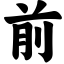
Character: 前